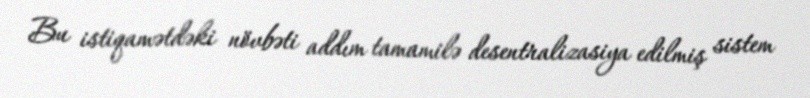
Bu istiqamətdəki növbəti addım tamamilə desentralizasiya edilmiş sistem